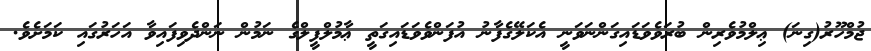
ޖުމްހޫރު(ގިނަ) ޢިލްމުވެރިން ބުރަވެވަޑައިގަންނަވަނީ އެކަލޭގެފާނު އުފަންވެވަޑައިގަތީ ޢާމުލްފީލްގެ ނަމުން ނަންދެވިފައިވާ އަހަރުގައި ކަމަށެވެ.